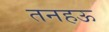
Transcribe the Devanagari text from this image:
तनहऊ